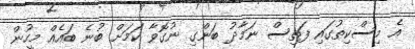
އެ މިސްކިތުގައި ފަތިސް ނަމާދު ބަންގި ނުގޮވާ ކަމަށް ބުނެ ބައެއް މީހުން